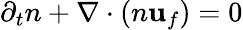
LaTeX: \partial_{t}n+\nabla\cdot(n\textbf{u}_{f})=0